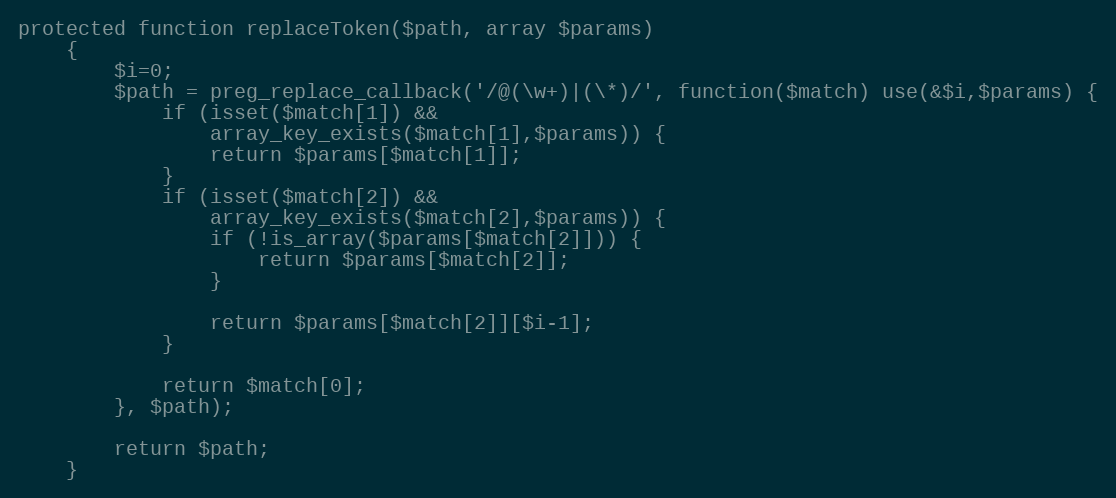
Language: PHP
protected function replaceToken($path, array $params)
    {
        $i=0;
        $path = preg_replace_callback('/@(\w+)|(\*)/', function($match) use(&$i,$params) {
            if (isset($match[1]) &&
                array_key_exists($match[1],$params)) {
                return $params[$match[1]];
            }
            if (isset($match[2]) &&
                array_key_exists($match[2],$params)) {
                if (!is_array($params[$match[2]])) {
                    return $params[$match[2]];
                }

                return $params[$match[2]][$i-1];
            }

            return $match[0];
        }, $path);

        return $path;
    }